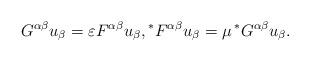
LaTeX: \begin{align*} G^{\alpha \beta} u_{\beta} = \varepsilon F^{\alpha \beta} u_{\beta}, \prescript{*}{}{F}^{\alpha \beta} u_{\beta} = \mu \prescript{*}{}{G}^{\alpha \beta} u_{\beta}.\end{align*}